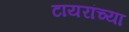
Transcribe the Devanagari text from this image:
टायरांच्या